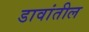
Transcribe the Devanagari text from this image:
डावांतील